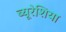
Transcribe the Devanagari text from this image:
ब्यूरेशिया